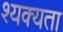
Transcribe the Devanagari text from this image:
श्यक्यता